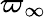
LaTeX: \varpi_{\infty}